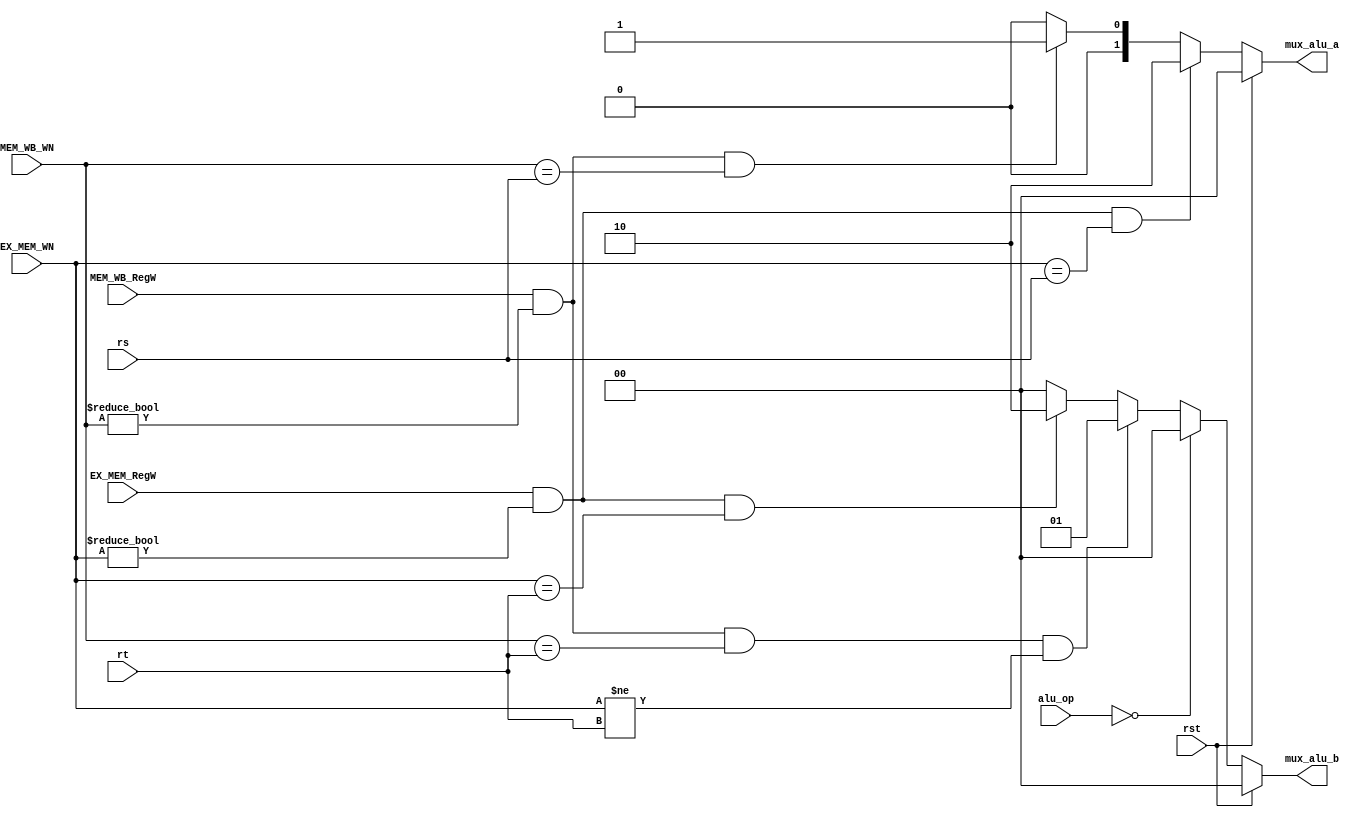
/*
Forwarding Unit
*/

module forwarding_unit ( rst, mux_alu_a, mux_alu_b, rs, rt, EX_MEM_WN, MEM_WB_WN, EX_MEM_RegW, MEM_WB_RegW, alu_op );

  output [1:0] mux_alu_a, mux_alu_b ;
  input [4:0] rs, rt, EX_MEM_WN, MEM_WB_WN ;
  input [1:0] alu_op ;
  input rst, EX_MEM_RegW, MEM_WB_RegW ;
  
  reg [1:0] mux_alu_a, mux_alu_b ;
  
  always @( rst or rs  or EX_MEM_WN or MEM_WB_WN or EX_MEM_RegW or MEM_WB_RegW  ) begin
    if ( rst ) begin
	  mux_alu_a <= 2'b00 ;
	end
    else begin 
      mux_alu_a <= 2'b00 ;
	  if ( EX_MEM_RegW && EX_MEM_WN != 5'd0 && EX_MEM_WN == rs ) mux_alu_a <= 2'b10 ; 
	  else if ( MEM_WB_RegW && MEM_WB_WN != 5'd0 && MEM_WB_WN == rs  ) mux_alu_a <= 2'b01 ;
	  else mux_alu_a <= 2'b00 ;
	end
  end
	
  always @( rst  or rt or EX_MEM_WN or MEM_WB_WN or EX_MEM_RegW or MEM_WB_RegW or  alu_op ) begin
    if ( rst ) begin
	  mux_alu_b <= 2'b00 ;
	end
    else begin 
	  mux_alu_b <= 2'b00 ;  
	  if ( alu_op == 2'b00 ) mux_alu_b <= 2'b00 ;
	  else if ( MEM_WB_RegW && MEM_WB_WN != 5'd0 && MEM_WB_WN == rt && EX_MEM_WN != rt ) mux_alu_b <= 2'b01 ;
	  else if ( EX_MEM_RegW && EX_MEM_WN != 5'd0 && EX_MEM_WN == rt ) mux_alu_b <= 2'b10 ;
      else mux_alu_b <= 2'b00 ;	  
	end

  end

endmodule